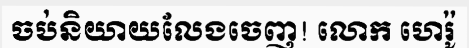
ចប់និយាយលែងចេញ! លោក ហេរ៉ូ